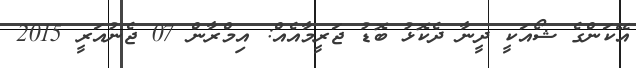
އޭކަންގެ ޝޯއަކީ ދީނާ ދެކޮޅު ބޮޑު ޖަރީމާއެއް: އިމްރާން 07 ޖެނުއަރީ 2015